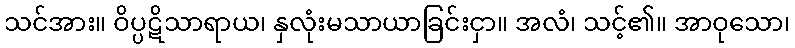
သင်အား။ ဝိပ္ပဋိသာရာယ၊ နှလုံးမသာယာခြင်းငှာ။ အလံ၊ သင့်၏။ အာဝုသော၊